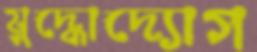
যুদ্ধোদ্যোগ